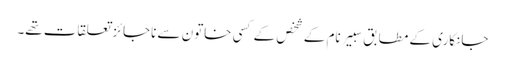
جانکاری کے مطابق سبیر نام کے شخص کے کسی خاتون سے ناجائزتعلقات تھے۔